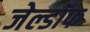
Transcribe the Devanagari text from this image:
जेल्डॉफ